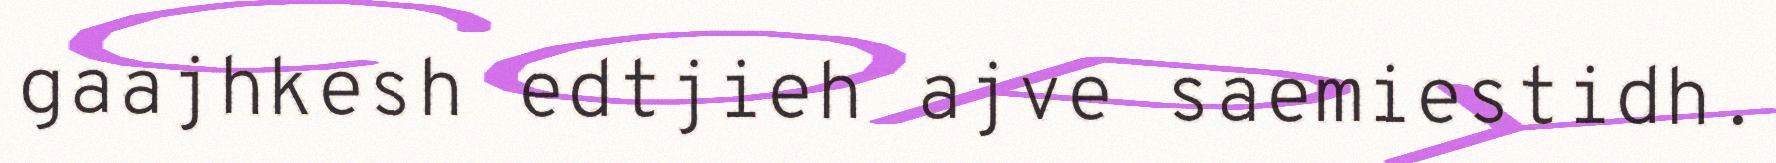
gaajhkesh edtjieh ajve saemiestidh.